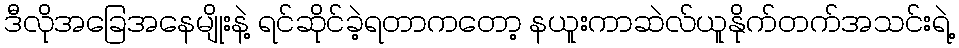
ဒီလိုအခြေအနေမျိုးနဲ့ ရင်ဆိုင်ခဲ့ရတာကတော့ နယူးကာဆဲလ်ယူနိုက်တက်အသင်းရဲ့